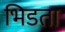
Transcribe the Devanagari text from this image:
भिडता